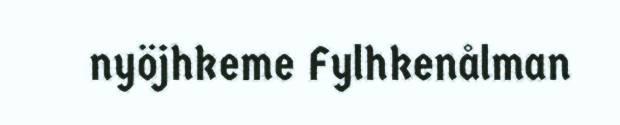
nyöjhkeme Fylhkenålman